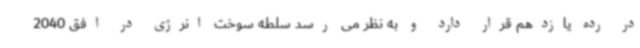
در رده یازدهم قرار دارد و به نظر می رسد سلطه سوخت انرژی در افق 2040